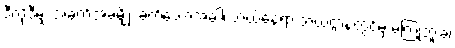
ဒီလိုဒီမျှ အခက်အခဲမျိုး ခက်သောအခါ၊ ဘယ်နေရာ ဘယ်ဌာနတွင်မှ မကြုံဘူးခဲ့၊